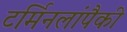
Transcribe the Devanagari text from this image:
टर्मिनलांपैकी